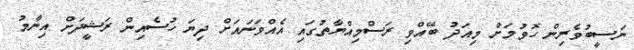
ނަސީބުވެރިން ހޮވުމަށް މިއަދު ބޭއްވި ރަސްމިއްޔާތުގައި އެއްވަނައަށް ދިޔަ ހުސެއިން ރަޝީދަށް އިނާމު